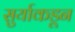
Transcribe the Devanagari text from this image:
सुर्याकडून